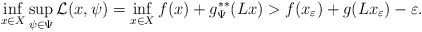
\begin{align*}\inf_{x\in X} \sup_{\psi\in\Psi} \mathcal{L} (x,\psi) = \inf_{x\in X} f(x) + g^{**}_\Psi (Lx) > f(x_\varepsilon) + g(Lx_\varepsilon) -\varepsilon.\end{align*}